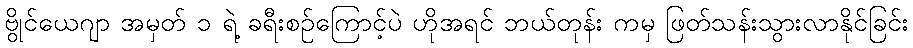
ဗွိုင်ယေဂျာ အမှတ် ၁ ရဲ့ ခရီးစဉ်ကြောင့်ပဲ ဟိုအရင် ဘယ်တုန်း ကမှ ဖြတ်သန်းသွားလာနိုင်ခြင်း